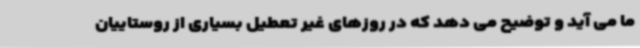
ما می آید و توضیح می دهد که در روزهای غیر تعطیل بسیاری از روستاییان